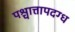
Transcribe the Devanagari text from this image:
पश्चात्तापदग्ध